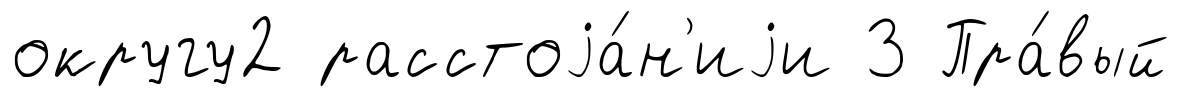
округу2 расстоjа́н'иjи 3 Пра́вый